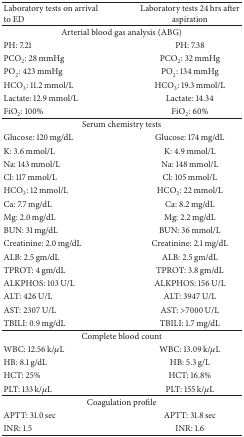
<table><thead><tr><td><b>Laboratory tests on arrival to ED</b></td><td><b>Laboratory tests 24 hrs after aspiration</b></td></tr></thead><tbody><tr><td colspan="2">Arterial blood gas analysis (ABG)</td></tr><tr><td>PH: 7.21</td><td>PH: 7.38</td></tr><tr><td>PCO<sub>2</sub>: 28 mmHg</td><td>PCO<sub>2</sub>: 32 mmHg</td></tr><tr><td>PO<sub>2</sub>: 423 mmHg</td><td>PO<sub>2</sub>: 134 mmHg</td></tr><tr><td>HCO<sub>3</sub>: 11.2 mmol/L</td><td>HCO<sub>3</sub>: 19.3 mmol/L</td></tr><tr><td>Lactate: 12.9 mmol/L</td><td>Lactate: 14.34</td></tr><tr><td>FiO<sub>2</sub>: 100%</td><td>FiO<sub>2</sub>: 60%</td></tr><tr><td colspan="2">Serum chemistry tests</td></tr><tr><td>Glucose: 120 mg/dL</td><td>Glucose: 174 mg/dL</td></tr><tr><td>K: 3.6 mmol/L</td><td>K: 4.9 mmol/L</td></tr><tr><td>Na: 143 mmol/L</td><td>Na: 148 mmol/L</td></tr><tr><td>Cl: 117 mmol/L</td><td>Cl: 105 mmol/L</td></tr><tr><td>HCO<sub>3</sub>: 12 mmol/L</td><td>HCO<sub>3</sub>: 22 mmol/L</td></tr><tr><td>Ca: 7.7 mg/dL</td><td>Ca: 8.2 mg/dL</td></tr><tr><td>Mg: 2.0 mg/dL</td><td>Mg: 2.2 mg/dL</td></tr><tr><td>BUN: 31 mg/dL</td><td>BUN: 36 mmol/L</td></tr><tr><td>Creatinine: 2.0 mg/dL</td><td>Creatinine: 2.1 mg/dL</td></tr><tr><td>ALB: 2.5 gm/dL </td><td>ALB: 2.5 gm/dL </td></tr><tr><td>TPROT: 4 gm/dL</td><td>TPROT: 3.8 gm/dL</td></tr><tr><td>ALKPHOS: 103 U/L</td><td>ALKPHOS: 156 U/L</td></tr><tr><td>ALT: 426 U/L</td><td>ALT: 3947 U/L</td></tr><tr><td>AST: 2307 U/L</td><td>AST: &gt;7000 U/L</td></tr><tr><td>TBILI: 0.9 mg/dL</td><td>TBILI: 1.7 mg/dL</td></tr><tr><td colspan="2">Complete blood count</td></tr><tr><td>WBC: 12.56 k/<i>μ</i>L</td><td>WBC: 13.09 k/<i>μ</i>L</td></tr><tr><td>HB: 8.1 g/dL </td><td>HB: 5.3 g/L</td></tr><tr><td>HCT: 25%</td><td>HCT: 16.8%</td></tr><tr><td>PLT: 133 k/<i>μ</i>L</td><td>PLT: 155 k/<i>μ</i>L</td></tr><tr><td colspan="2">Coagulation profile</td></tr><tr><td>APTT: 31.0 sec</td><td>APTT: 31.8 sec</td></tr><tr><td>INR: 1.5</td><td>INR: 1.6</td></tr></tbody></table>